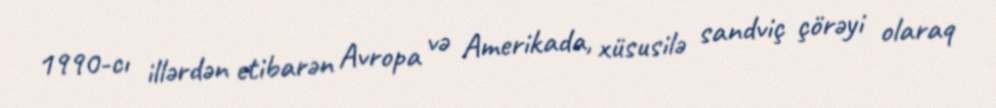
1990-cı illərdən etibarən Avropa və Amerikada, xüsusilə sandviç çörəyi olaraq